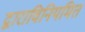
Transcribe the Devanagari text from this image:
द्वाराविनियमित